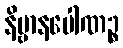
နိဗ္ဗာနပေါဏဉ္စ